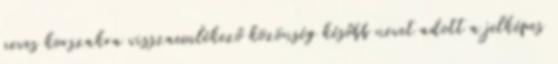
neves korszakra visszaemlékező közönség később nevet adott a jelképes